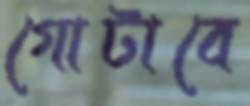
গোটাবে